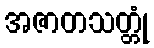
အဇာတသတ္တုံ